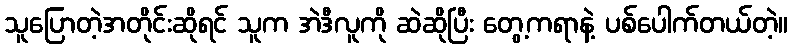
သူပြောတဲ့အတိုင်းဆိုရင် သူက အဲဒီလူကို ဆဲဆိုပြီး တွေ့ကရာနဲ့ ပစ်ပေါက်တယ်တဲ့။